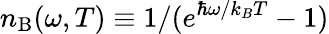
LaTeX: n_{\mathrm{B}}(\omega,T)\equiv 1/(e^{\hbar\omega/k_{B}T}-1)